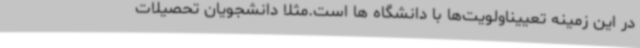
در این زمینه تعییناولویت‌ها با دانشگاه ها است.مثلا دانشجویان تحصیلات